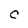
Character: c